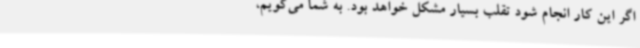
اگر این کار انجام شود تقلب بسیار مشکل خواهد بود. به شما می‌گویم،